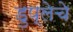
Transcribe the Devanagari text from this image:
डुप्लेचे